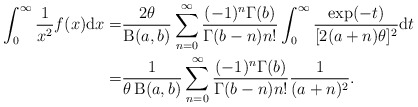
\begin{align*}\int^{\infty}_{0}\frac{1}{x^2} f(x)\mathrm{d}x=&\frac{2\theta}{\operatorname{B}(a,b)}\sum_{n=0}^{\infty}\frac{(-1)^n\Gamma(b)}{\Gamma(b-n)n!}\int^{\infty}_{0}\frac{\exp(-t)}{[2(a+n)\theta]^2}\mathrm{d}t\\=&\frac{1}{\theta\operatorname{B}(a,b)}\sum_{n=0}^{\infty}\frac{(-1)^n\Gamma(b)}{\Gamma(b-n)n!}\frac{1}{(a+n)^2}.\end{align*}